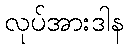
လုပ်အားဒါန